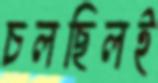
চলছিলই